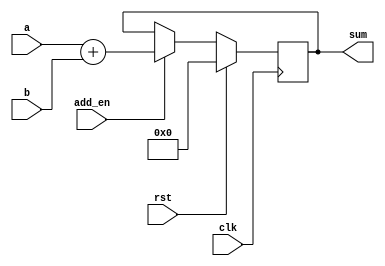
module adder (
  input [11:0] a,
  input [7:0] b,
  input clk,rst,add_en,
  output reg [11:0] sum
);

always @(posedge clk) 
begin
  if (rst) 
    sum <= 12'd0;
  else if (add_en)
    sum <= a + b;
end

endmodule